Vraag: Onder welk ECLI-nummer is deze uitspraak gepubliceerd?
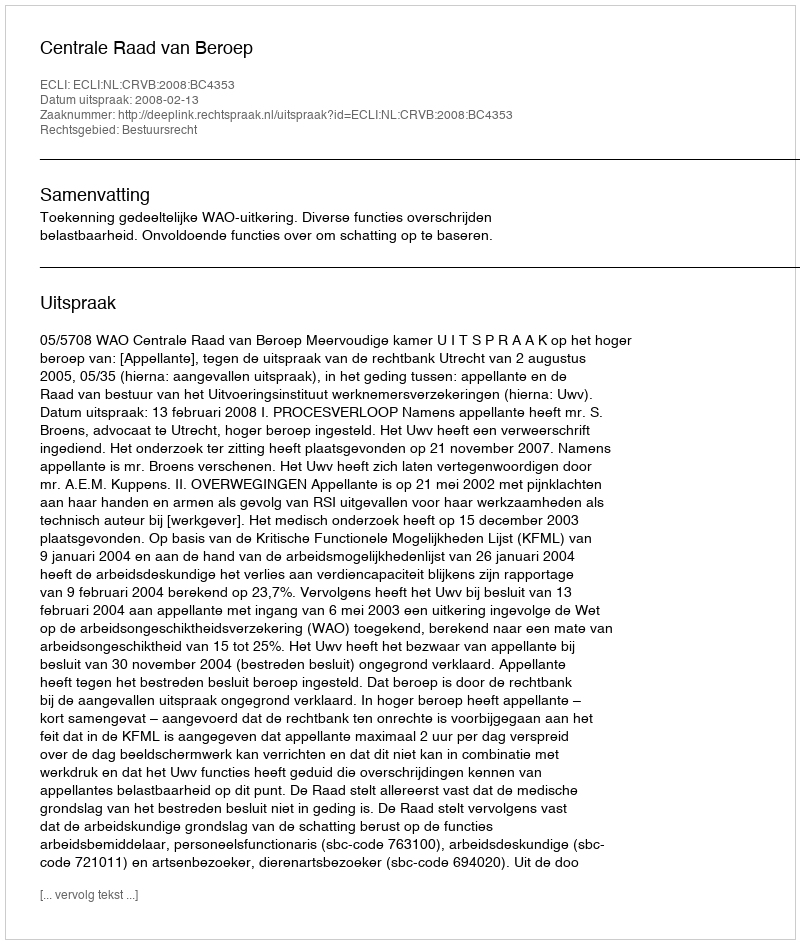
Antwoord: ECLI:NL:CRVB:2008:BC4353